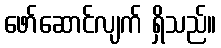
ဖော်ဆောင်လျက် ရှိသည်။